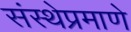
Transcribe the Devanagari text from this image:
संस्थेप्रमाणे